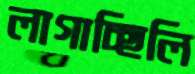
লাগাচ্ছিলি